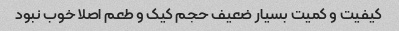
کیفیت و کمیت بسیار ضعیف حجم کیک و طعم اصلا خوب نبود